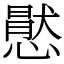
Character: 㦔